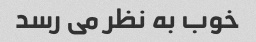
خوب به نظر می رسد